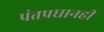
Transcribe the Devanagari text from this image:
पंतप्रधानही